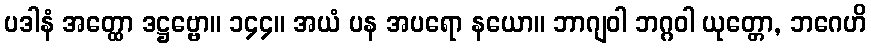
ပဒါနံ အတ္ထော ဒဋ္ဌဗ္ဗော။ ၁၄၄။ အယံ ပန အပရော နယော။ ဘာဂျဝါ ဘဂ္ဂဝါ ယုတ္တော, ဘဂေဟိ